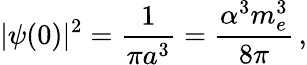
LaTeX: |\psi(0)|^{2}={\frac{1}{\pi a^{3}}}={\frac{\alpha^{3}m_{e}^{3}}{8\pi}}\, ,